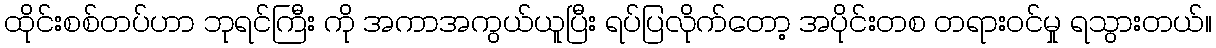
ထိုင်းစစ်တပ်ဟာ ဘုရင်ကြီး ကို အကာအကွယ်ယူပြီး ရပ်ပြလိုက်တော့ အပိုင်းတစ တရားဝင်မှု ရသွားတယ်။